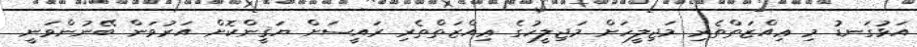
އަޅުގަނޑު މި ޢިއްޒަތްތެރި މަޖިލީހަށް މަޖިލީހުގެ ޢިއްޒަތްތެރި ރައީސަށް ޔަޤީންކޮށް އަރުވަން ބޭނުންވަނީ